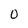
Character: 0